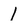
Character: 1